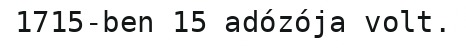
1715-ben 15 adózója volt.